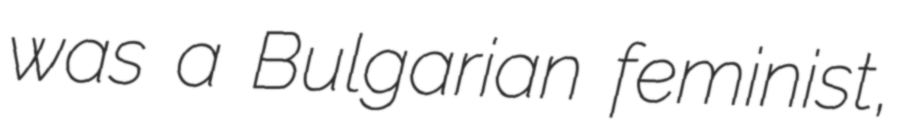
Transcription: was a Bulgarian feminist,